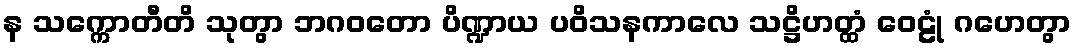
န သက္ကောတီတိ သုတွာ ဘဂဝတော ပိဏ္ဍာယ ပဝိသနကာလေ သဋ္ဌိဟတ္ထံ ဝေဠုံ ဂဟေတွာ